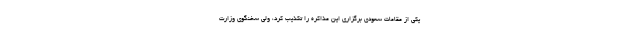
یکی از مقامات سعودی برگزاری این مذاکره را تکذیب کرد، ولی سخنگوی وزارت